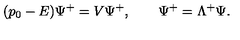
( p _ { 0 } - E ) \Psi ^ { + } = V \Psi ^ { + } , \qquad \Psi ^ { + } = \Lambda ^ { + } \Psi .